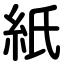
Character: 紙